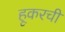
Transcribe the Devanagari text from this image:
हूकरची